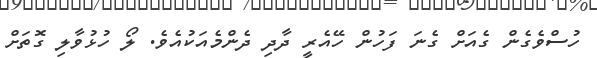
ހުސްވެގެން ގެއަށް ގެނަ ފަހުން ހޭއެރީ ދާދި ދެންމެއަކުއެވެ. ލޯ ހުޅުވާލި ގޮތަށް